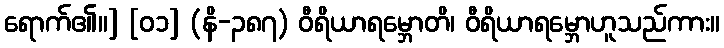
ရောက်၏။] [၀၁] (နိ-၃၈၇) ဝီရိယာရမ္ဘောတိ၊ ဝီရိယာရမ္ဘောဟူသည်ကား။